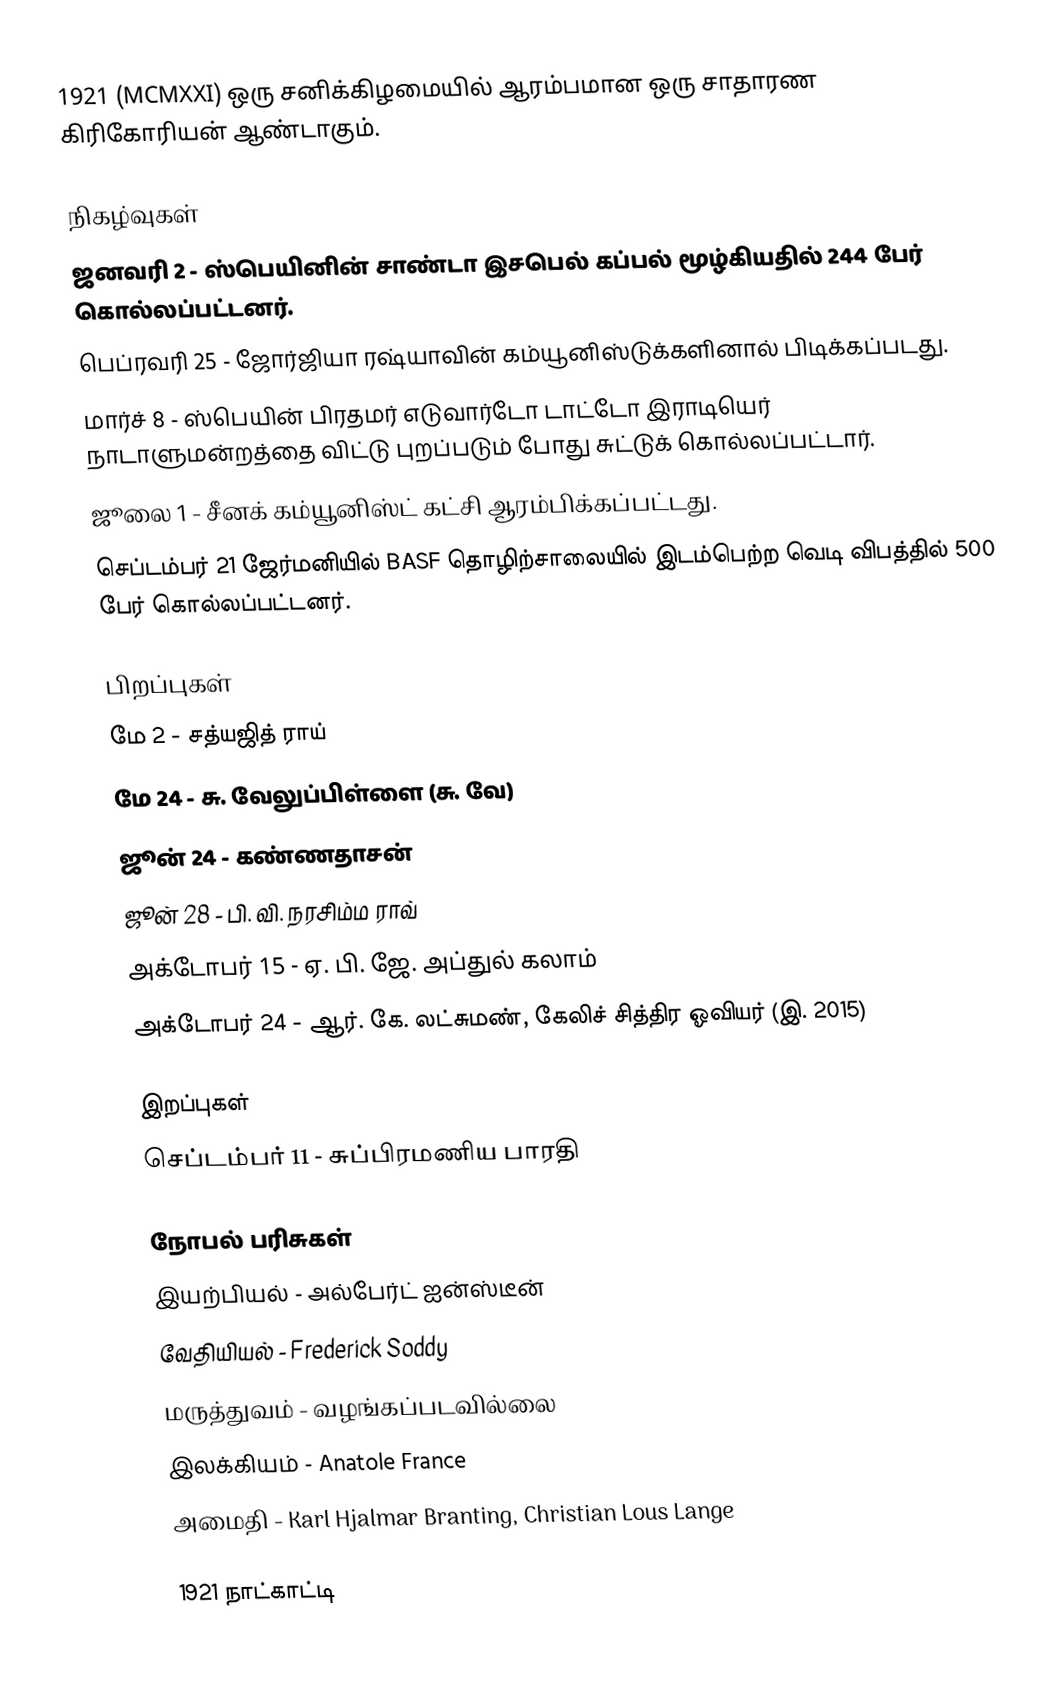
1921  (MCMXXI) ஒரு சனிக்கிழமையில் ஆரம்பமான ஒரு சாதாரண கிரிகோரியன் ஆண்டாகும்.

நிகழ்வுகள்
 ஜனவரி 2 - ஸ்பெயினின் சாண்டா இசபெல் கப்பல் மூழ்கியதில் 244 பேர் கொல்லப்பட்டனர்.
 பெப்ரவரி 25 - ஜோர்ஜியா ரஷ்யாவின் கம்யூனிஸ்டுக்களினால் பிடிக்கப்படது.
 மார்ச் 8 - ஸ்பெயின் பிரதமர் எடுவார்டோ டாட்டோ இராடியெர் நாடாளுமன்றத்தை விட்டு புறப்படும் போது சுட்டுக் கொல்லப்பட்டார்.
 ஜூலை 1 - சீனக் கம்யூனிஸ்ட் கட்சி ஆரம்பிக்கப்பட்டது.
 செப்டம்பர் 21 ஜேர்மனியில் BASF தொழிற்சாலையில் இடம்பெற்ற வெடி விபத்தில் 500 பேர் கொல்லப்பட்டனர்.

பிறப்புகள்
 மே 2 - சத்யஜித் ராய்
 மே 24 - சு. வேலுப்பிள்ளை (சு. வே)
 ஜூன் 24 - கண்ணதாசன்
 ஜூன் 28 - பி. வி. நரசிம்ம ராவ்
 அக்டோபர் 15 - ஏ. பி. ஜே. அப்துல் கலாம்
 அக்டோபர் 24 - ஆர். கே. லட்சுமண், கேலிச் சித்திர ஓவியர் (இ. 2015)

இறப்புகள்
 செப்டம்பர் 11 - சுப்பிரமணிய பாரதி

நோபல் பரிசுகள்
 இயற்பியல் - அல்பேர்ட் ஐன்ஸ்டீன்
 வேதியியல் - Frederick Soddy
 மருத்துவம் - வழங்கப்படவில்லை
 இலக்கியம் - Anatole France
 அமைதி - Karl Hjalmar Branting, Christian Lous Lange

1921 நாட்காட்டி